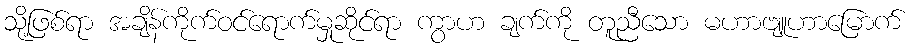
သို့ဖြစ်ရာ အချိန်ကိုက်ဝင်ရောက်မှုဆိုင်ရာ ကွာဟ ချက်ကို တူညီသော မဟာဗျူဟာမြောက်